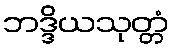
ဘဒ္ဒိယသုတ္တံ